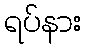
ရပ်နား